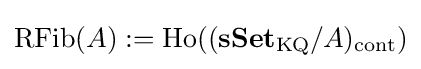
\operatorname {RFib} (A):=\operatorname {Ho} ((\mathbf {sSet} _{\mathrm {KQ} }/A)_{\mathrm {cont} })